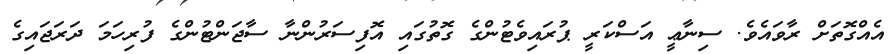
އެއްގޮތަށް ރާވައެވެ. ސިނާޢީ އަސްކަރީ ޕުރައިވެޓުންގެ ގޮތުގައި އޮފިސަރުންނާ ސާޖަންޓުންގެ ފުރިހަމަ ދަރަޖައިގެ